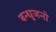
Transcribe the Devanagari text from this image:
बन्धुजनो